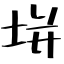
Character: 垪